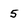
Character: 5